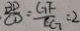
\frac { B D } { C D } = \frac { G F } { C G } = 2